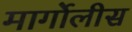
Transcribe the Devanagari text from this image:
मार्गोलीस